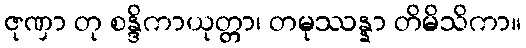
ဇုဏှာ တု စန္ဒိကာယုတ္တာ၊ တမုဿန္နာ တိမိသိကာ။